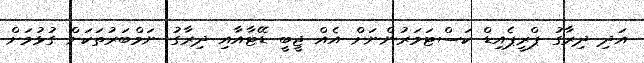
އަދި ދިރާގު ޕްރީޕެއިޑް ކަސްޓަމަރުންނަށް އެއް ޖީބީ ޑޭޓާއާއި ދިރާގު ނަމްބަރުތަކަށް ގުޅުމަށް